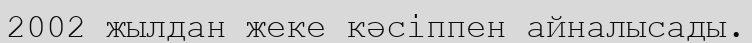
2002 жылдан жеке кәсіппен айналысады.